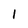
Character: 1